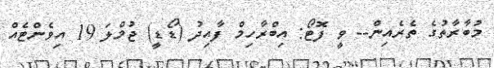
މުބާރާތުގެ ތެރެއިން-- ވީ ފޮޓޯ: އިބްރާހިމް ފާއިދު (ޑޯޑީ) ޖުމްލަ 19 އިވެންޓެއް